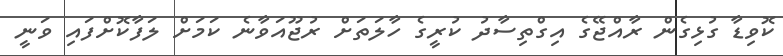
ކޮވިޑާ ގުޅިގެން ރާއްޖޭގެ އިގްތިސާދު ކުރީގެ ހާލަތަށް ރުޖޫއަވާނެ ކަމަށް ލަފާކޮށްފައި ވަނީ